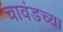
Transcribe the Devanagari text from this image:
चावंडच्या